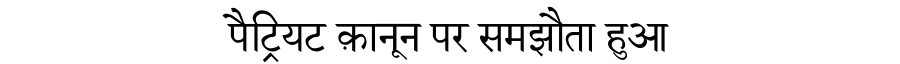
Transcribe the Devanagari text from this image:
पैट्रियट क़ानून पर समझौता हुआ